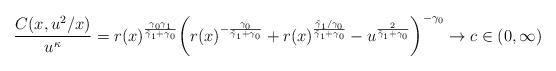
LaTeX: \begin{align*}{C(x,u^2/x) \over u^{\kappa } }=r(x)^{\frac{\gamma_0\gamma_1}{\tilde{\gamma}_1+\gamma_0}}\bigg ( r(x)^{-\frac{\gamma_0}{\tilde{\gamma}_1+\gamma_0}}+r(x)^{\frac{\tilde{\gamma}_1/\gamma_0}{\tilde{\gamma}_1+\gamma_0}} -u^{\frac{2}{\tilde{\gamma}_1+\gamma_0}} \bigg)^{-\gamma_0} \to c \in (0,\infty)\end{align*}